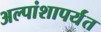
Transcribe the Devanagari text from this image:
अल्पांशापर्यंत